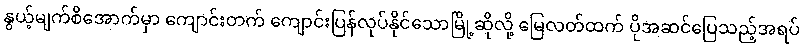
နွယ့်မျက်စိအောက်မှာ ကျောင်းတက် ကျောင်းပြန်လုပ်နိုင်သောမြို့ဆိုလို့ မြေလတ်ထက် ပိုအဆင်ပြေသည့်အရပ်